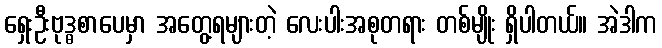
ရှေးဦးဗုဒ္ဓစာပေမှာ အတွေ့ရများတဲ့ လေးပါးအစုတရား တစ်မျိုး ရှိပါတယ်။ အဲဒါက